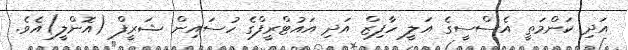
އަދި ކަންމަތީ އެސްސީގެ އަލީ ހާފިޒް އަދި އައުޓްރީފްގެ ހުސައިން ޝަރީފް (އޮންލީ)އެވެ.